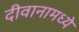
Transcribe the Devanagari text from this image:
दीवानामध्ये